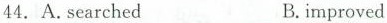
44. A.searched B.imorived